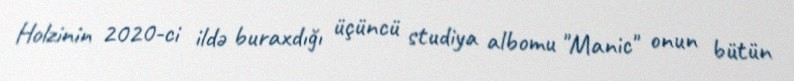
Holzinin 2020-ci ildə buraxdığı üçüncü studiya albomu "Manic" onun bütün